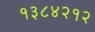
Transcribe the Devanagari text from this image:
१३८४२१२